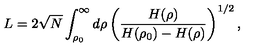
L = 2 \sqrt { N } \int _ { \rho _ { 0 } } ^ { \infty } d \rho \left( \frac { H ( \rho ) } { H ( \rho _ { 0 } ) - H ( \rho ) } \right) ^ { 1 / 2 } ,